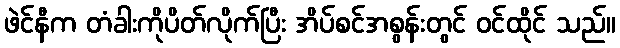
ဖဲင်နီက တံခါးကိုပိတ်လိုက်ပြီး အိပ်စင်အစွန်းတွင် ဝင်ထိုင် သည်။